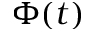
\Phi ( t )